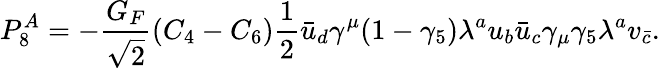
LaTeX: P_{8}^{A}=-\frac{G_{F}}{\sqrt{2}}(C_{4}-C_{6})\frac{1}{2}\bar{u}_{d}\gamma^{\mu}(1-\gamma_{5})\lambda^{a}u_{b}\bar{u}_{c}\gamma_{\mu}\gamma_{5}\lambda^{a}v_{\bar{c}}.